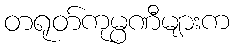
တရုတ်ကုမ္ပဏီများက